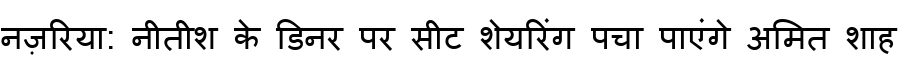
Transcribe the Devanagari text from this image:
नज़रिया: नीतीश के डिनर पर सीट शेयरिंग पचा पाएंगे अमित शाह